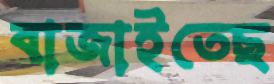
বাজাইতেছ